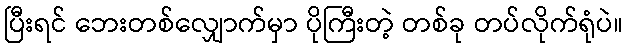
ပြီးရင် ဘေးတစ်လျှောက်မှာ ပိုကြီးတဲ့ တစ်ခု တပ်လိုက်ရုံပဲ။